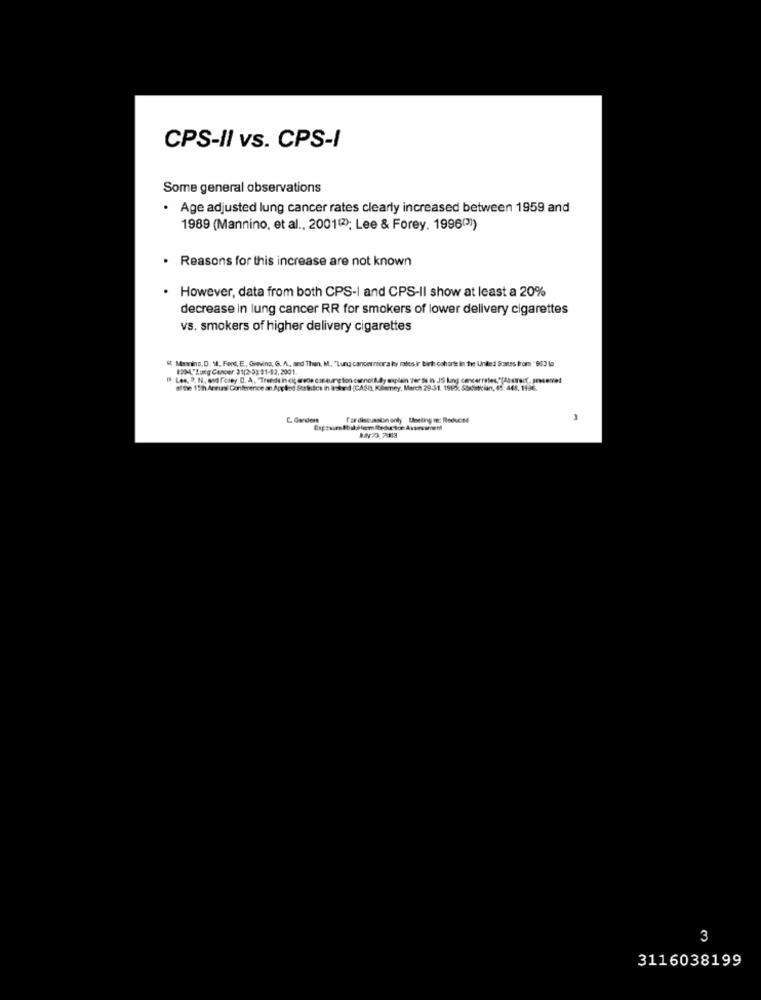
CPS-II vs. CPS-I
Some general observations
· Age adjusted lung cancer rates clearly increased between 1959 and
1989 (Mannino, et al ., 2001(2); Lee & Forey. 1996(3))
. Reasons for this increase are not known
However, data from both CPS-I and CPS-II show at least a 20%
decrease in lung cancer RR for smokers of lower delivery cigarettes
vs. smokers of higher delivery cigarettes
Marino, D. M. Ferd, E, Giving, G. A ., and Then, M ., "Lung cancer mora ly rates ir birth cohorte in the United States from ' 963 to
1204"Lung Cancer 31/2-3) 91-83, 2001
" Les, 3. N. and romey 0, A, "Trends in cic erone cse sung tion cumnotfully complain zer de in JS Lung cancerrates"Takeracf. pesone!
site 15h Armasi Conference on Applied Serbutos in Inskrid (CASI, Kilarney, March 29-31. 1985, Statistician, 45: 445, 1936.
fordiscussion only Useting me: Reduced
3
3116038199